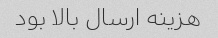
هزینه ارسال بالا بود